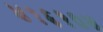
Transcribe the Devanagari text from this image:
४१६१०४